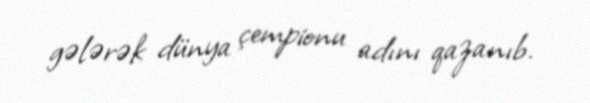
gələrək dünya çempionu adını qazanıb.